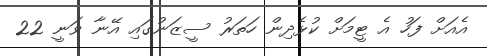
އެއަށް ފަހު އެ ޓީމަށް ކުޅެދިން ހަތަރު ސީޒަނުގައި އޭނާ ވަނީ 22